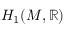
H _ { 1 } ( M , \mathbb { R } )